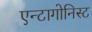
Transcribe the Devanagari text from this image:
एन्टागोनिस्ट